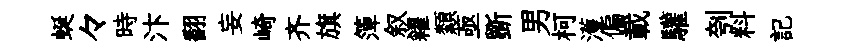
蜒々時汴翻妄崎齐旗𥱼叙糴纇亟斵男柯濩偏載驩刳料記